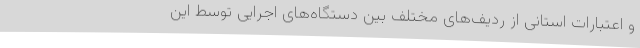
و اعتبارات استانی از ردیف‌های مختلف بین دستگاه‌های اجرایی توسط این